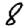
Digit: 8